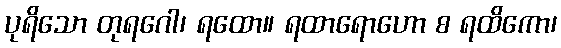
ပုရိသော တုရဂေါ၊ ရထော။ ရထာရောဟော စ ရထိကော၊